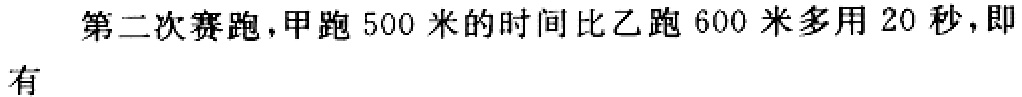
第二次赛跑，甲跑 500 米的时间比乙跑 600 米多用 20 秒，即有